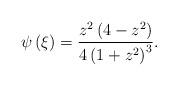
LaTeX: \begin{align*}\psi \left( \xi \right) =\frac{z^{2}\left( {4-z^{2}}\right) }{4\left( {1+z^{2}}\right) ^{3}}. \end{align*}